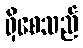
ရှိစေသည်